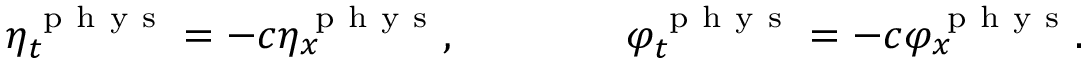
\eta _ { t } ^ { \mathrm { ~ p ~ h ~ y ~ s ~ } } = - c \eta _ { x } ^ { \mathrm { ~ p ~ h ~ y ~ s ~ } } , \qquad \qquad \varphi _ { t } ^ { \mathrm { ~ p ~ h ~ y ~ s ~ } } = - c \varphi _ { x } ^ { \mathrm { ~ p ~ h ~ y ~ s ~ } } .